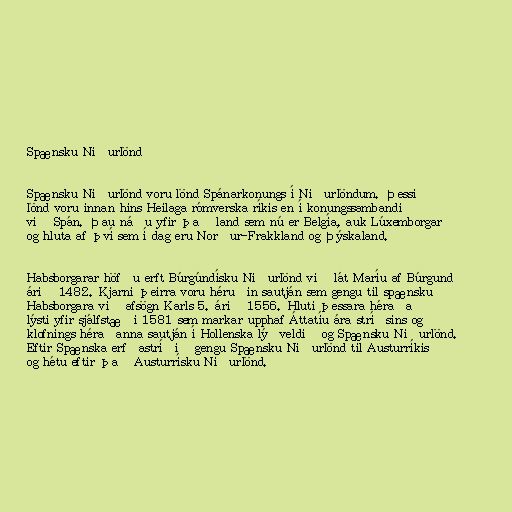
Spænsku Niðurlönd

Spænsku Niðurlönd voru lönd Spánarkonungs í Niðurlöndum. Þessi
lönd voru innan hins Heilaga rómverska ríkis en í konungssambandi
við Spán. Þau náðu yfir það land sem nú er Belgía, auk Lúxemborgar
og hluta af því sem í dag eru Norður-Frakkland og Þýskaland.

Habsborgarar höfðu erft Búrgúndísku Niðurlönd við lát Maríu af Búrgund
árið 1482. Kjarni þeirra voru héruðin sautján sem gengu til spænsku
Habsborgara við afsögn Karls 5. árið 1556. Hluti þessara héraða
lýsti yfir sjálfstæði 1581 sem markar upphaf Áttatíu ára stríðsins og
klofnings héraðanna sautján í Hollenska lýðveldið og Spænsku Niðurlönd.
Eftir Spænska erfðastríðið gengu Spænsku Niðurlönd til Austurríkis
og hétu eftir það Austurrísku Niðurlönd.